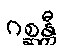
ဂစ္ဆန္တီ